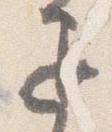
退